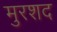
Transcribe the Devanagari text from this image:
मुरशद